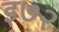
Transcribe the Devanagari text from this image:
इ७२